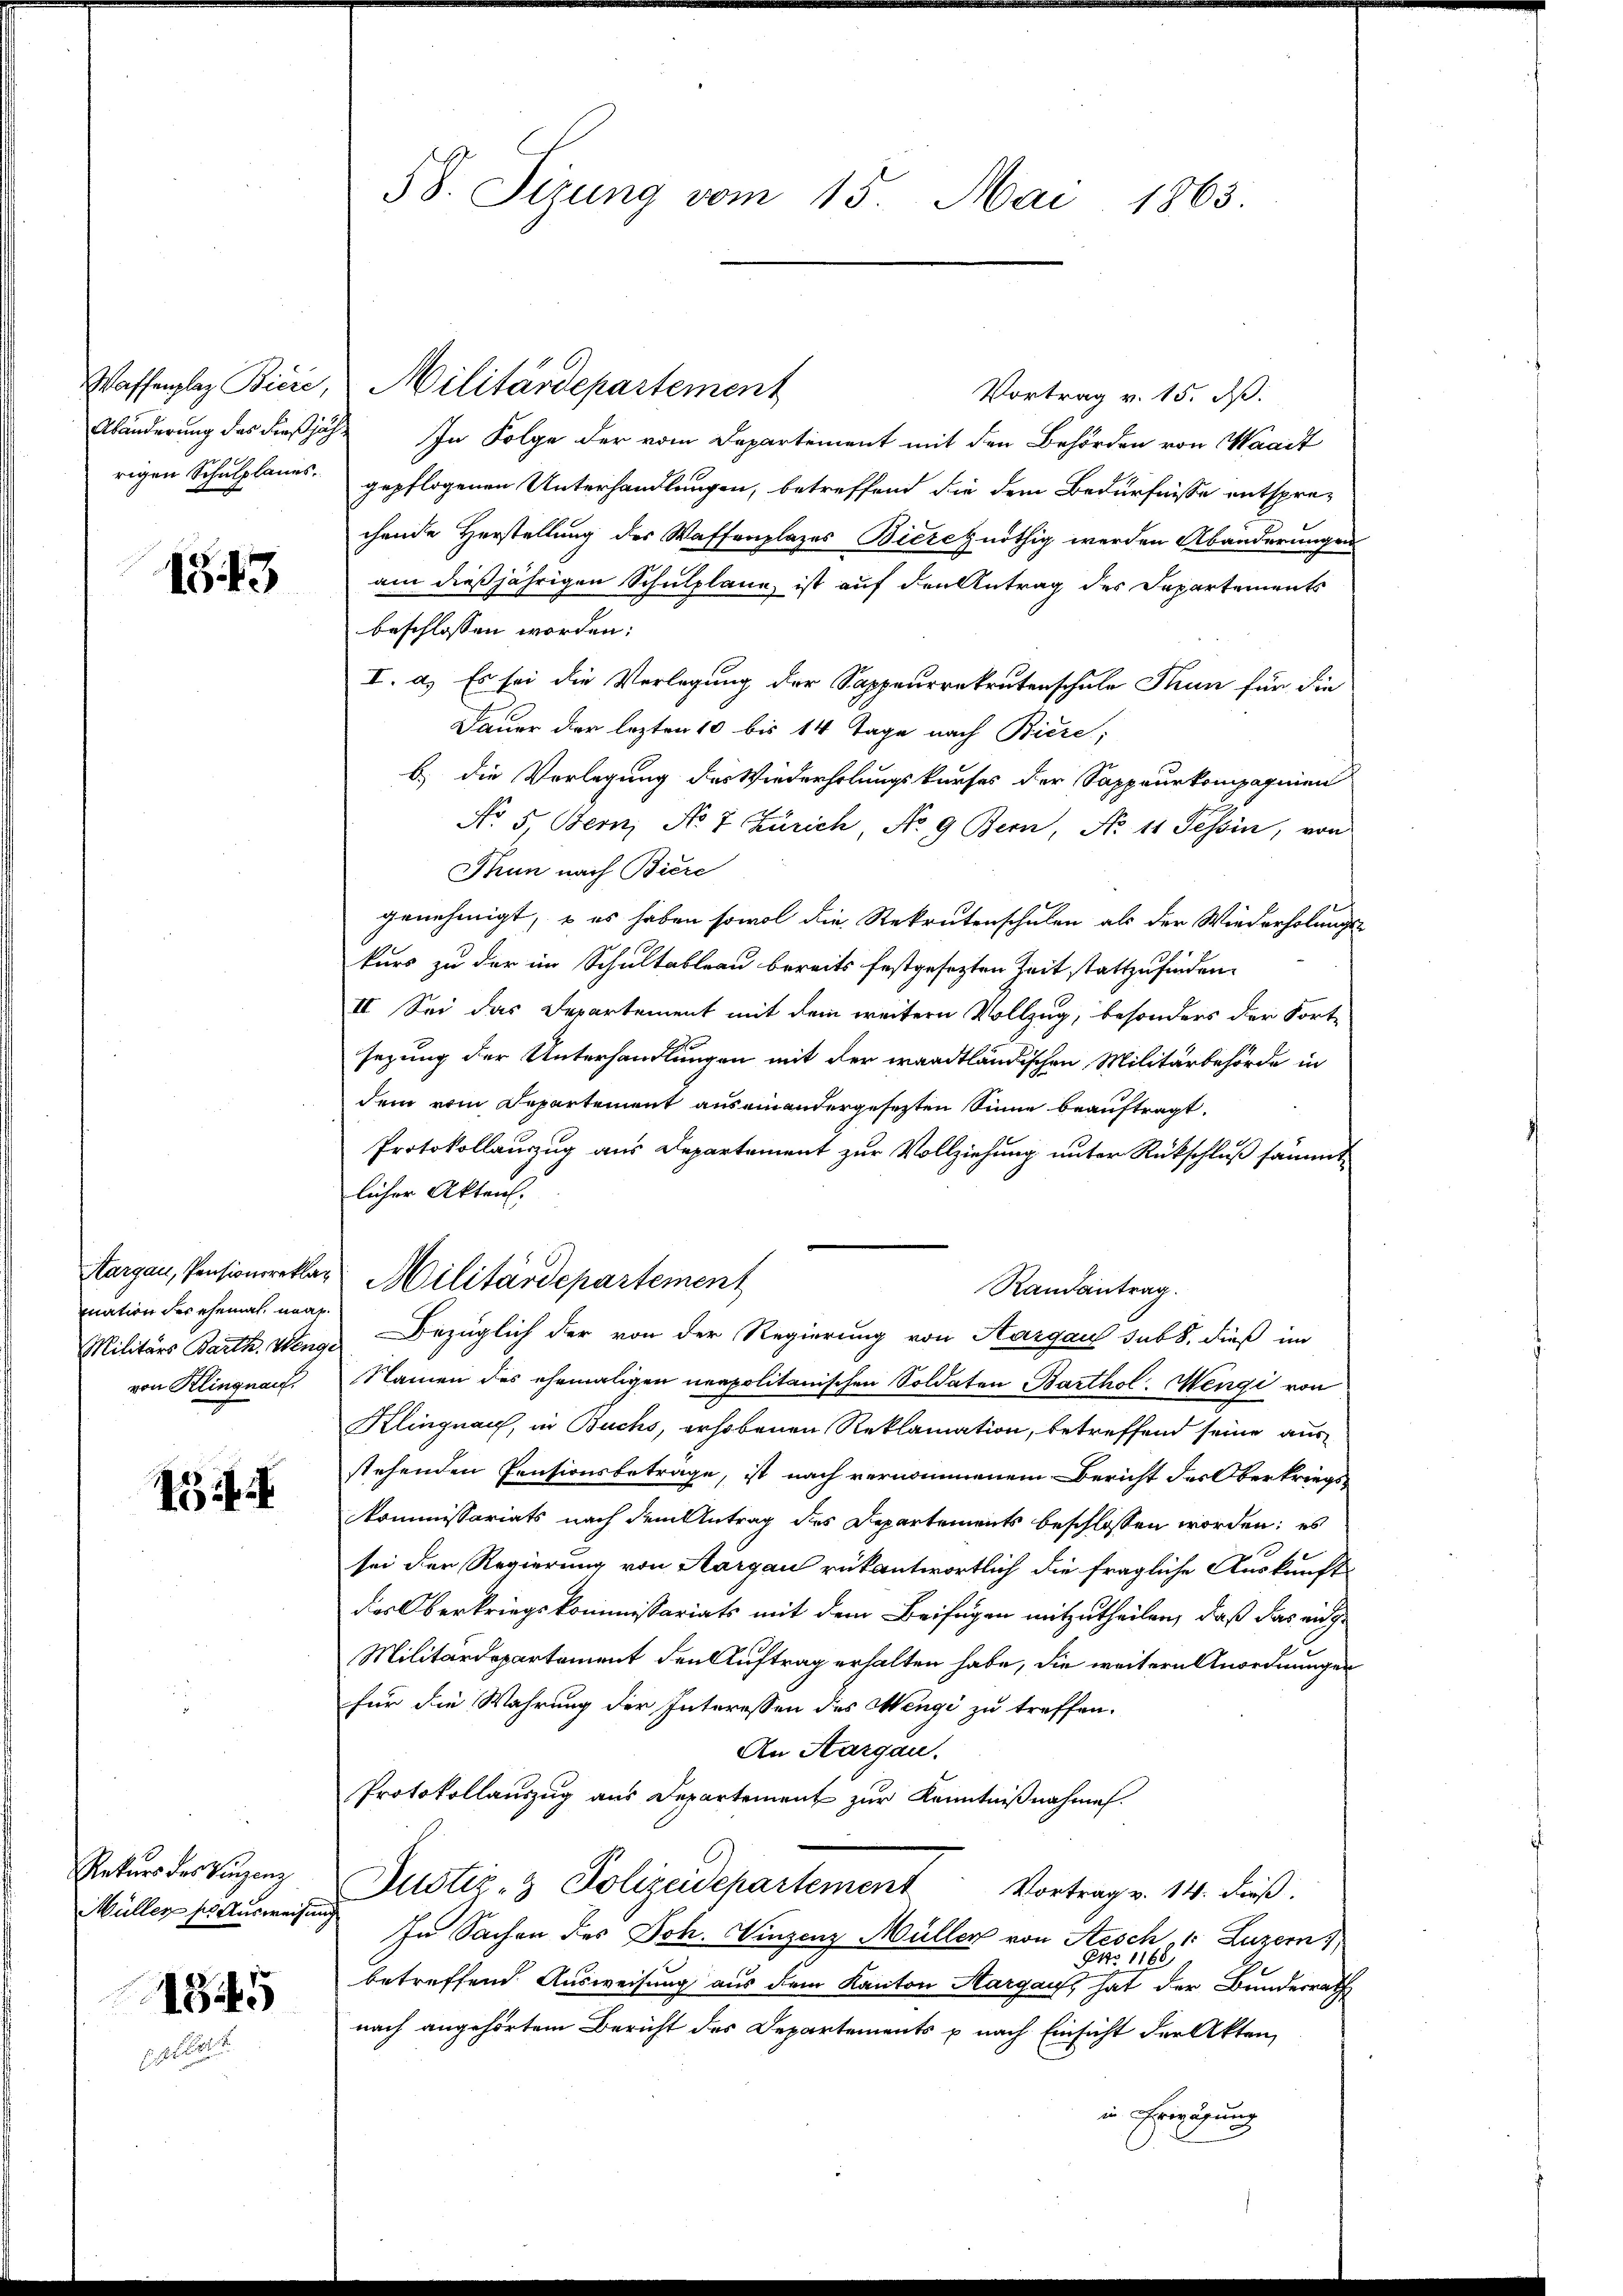
15. 43

mnation der ehemal, nac
von Klingnau.

5

Rekurs des Vinzenz
Müller ses Ausweisung

1345

58. Sizung vom 15. Mai 1863.

Vortrag v. 15. d.
Abänderung des dießjähr. In Folge der vom Departement mit den Behörden von Waadt
rigen Schulplanes. gepflogenen Unterhandlungen, betreffend die dem Bedürfnisse entspre-
chende Herstellung des Waffenplazes Bierenöthig werden Abänderungen
am dießjährigen Schulplann, ist auf den Antrag des Departements
beschlossen worden:
I. a.) Es sei die Verlegung der Sappeurrekrutenschule Thun für die
Dauer der lezten 10 bis 14 Tage nach Biere;
b) die Vorlegung des Wiederholungskurses der Sappeurkompagnien
No 5. Bern, No 7 Zürich, No 9 Bern, No 11 Tessin, von
Thun nach Biere
genehmigt, – es haben sowol die Rekrutenschulen als der Wiederholungs-
kurs zu der im Schultableau bereits festgesezten Zeit stattzufinden.
II. Sei das Departement mit dem weitern Vollzug, besonders der Fort
sezung der Unterhandlungen mit der waadtländischen Militärbehörde in
dem vom Departement aus einandergesetzten Sinne beauftragt.
Protokollauszug aus Departement zur Vollziehung unter Rückschluß sämmt
licher Akten.
Aargau, Pensionsrekar Militärdepartement
Randantrag.
Militärs Barth. Wenge Bezüglich der von der Regierung von Aargau sub 8. dieß im
Namen des ehemaligen neapolitanischen Soldaten Barthol. Mengi von
Klingnau, in Buchs, erhobenen Reklamation, betreffend seine ausstehenden Pensionsbeträge, ist nach vernommenem Bericht des Oberkriegs-
Kommissariats nach dem Antrag des Departements beschlossen worden; es
sei der Regierung von Aargau rükantwortlich die fragliche Auskunft
des Oberkriegskommissariats mit dem Beifügen mitzutheilen, daß das eidge
Militärdepartement den Auftrag erhalten habe, die weitern Anordnungen
für die Wahrung der Interessen des Mengi zu treffen.
An Aargau.
Protokollauszug aus Departement zur Kenntnißnahme.
Justiz- & Polizeidepartement Vortrag v. 14. dieß.
In Sachen des Joh. Winzenz Müller von Aesch, 1 Luzern
ENo 1168.
betreffend Ausweisung aus dem Kanton Aargau, hat der Bundesrath
nach angehörtem Bericht des Departements p nach Einsicht der Akten,
in Erwägung

Waffenplaz Bičić, Militärdepartement